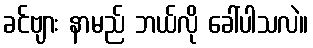
ခင်ဗျား နာမည် ဘယ်လို ခေါ်ပါသလဲ။